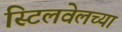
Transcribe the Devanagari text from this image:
स्टिलवेलच्या